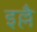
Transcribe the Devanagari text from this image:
इल्लै